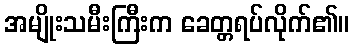
အမျိုးသမီးကြီးက ခေတ္တရပ်လိုက်၏။